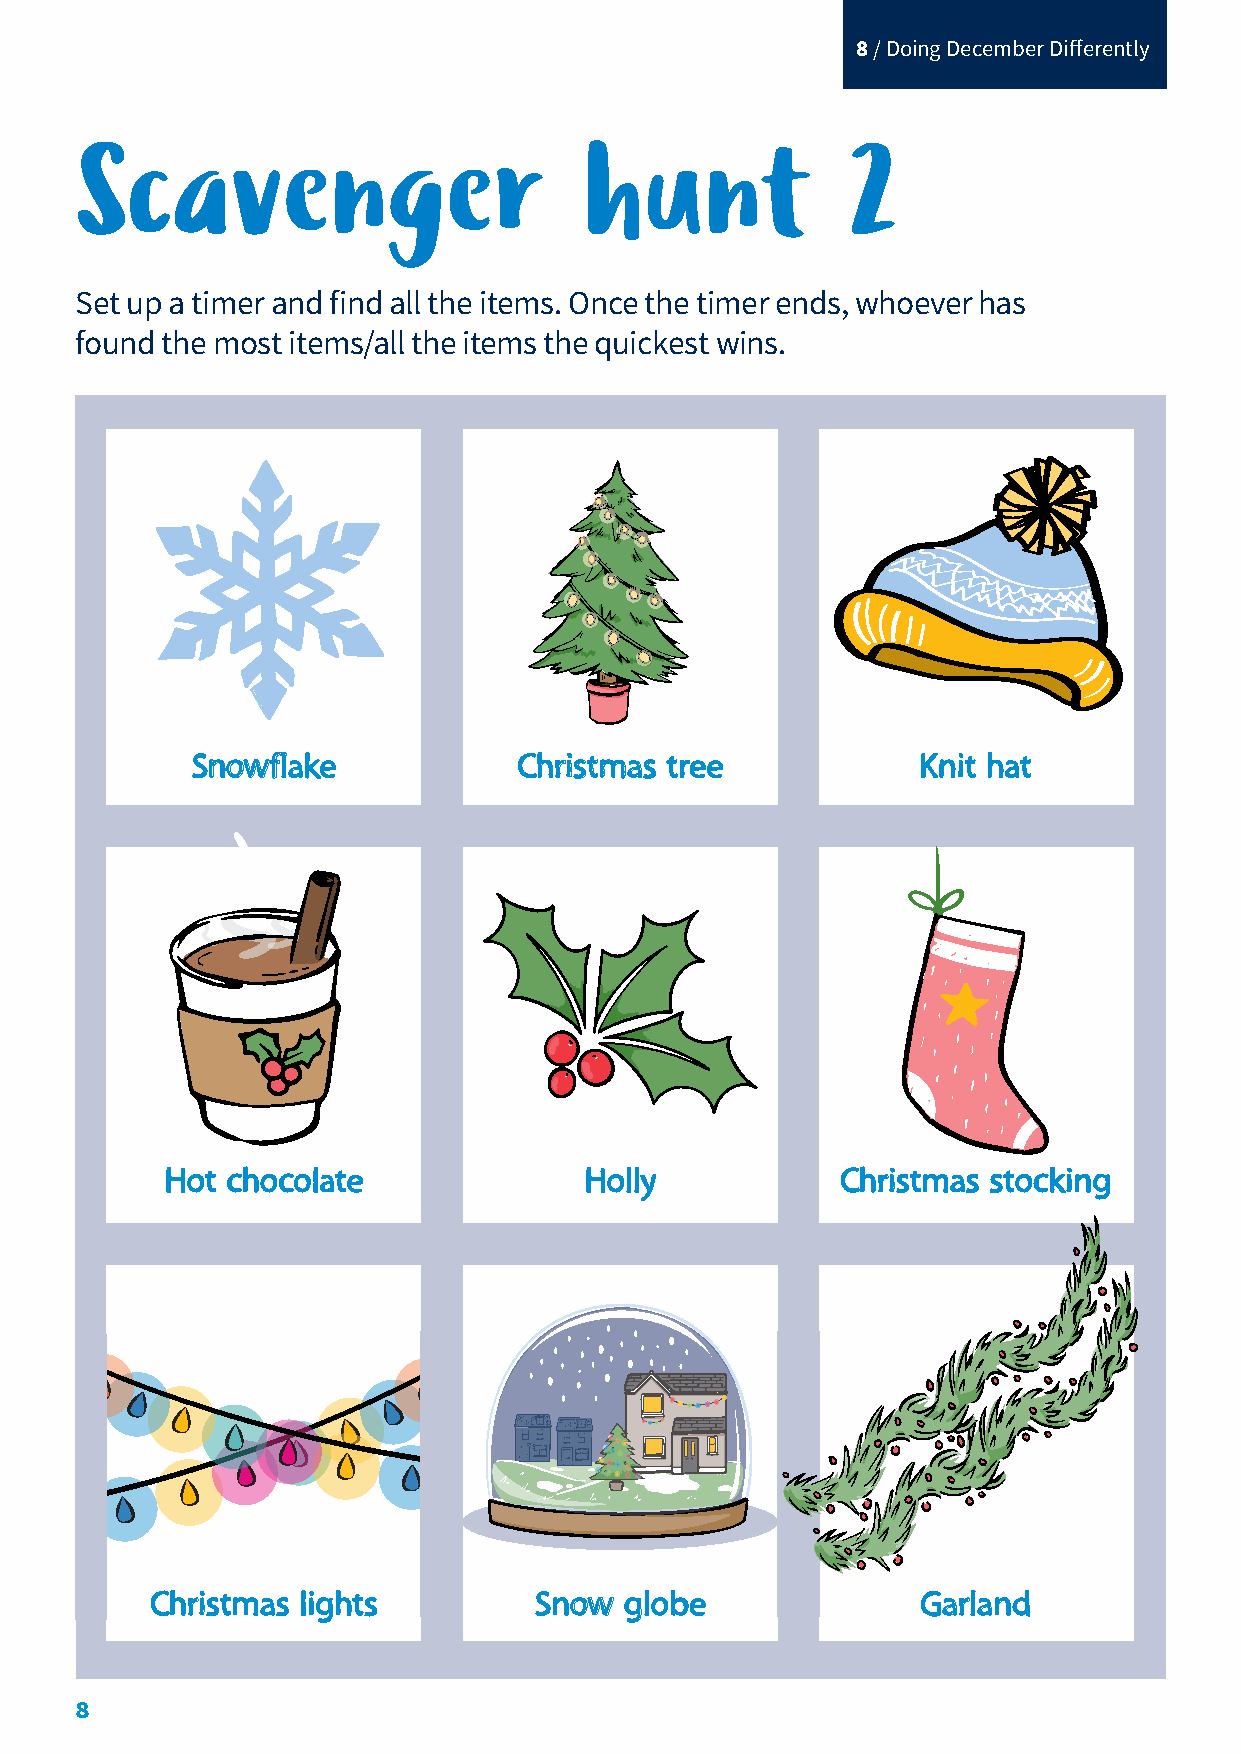
8 / Doing December Differently
 Scavenger                         hunt             2
 Set up a timer and find all the items. Once the timer ends, whoever has
 found the most items/all the items the quickest wins.
 SSnnoowwffllaakkee   CChhrriissttmmaass ttrreeee KKnniitt hhaatt
 HHoott cchhooccoollaattee   HHoollllyy       CChhrriissttmmaass ssttoocckkiinngg
 CChhrriissttmmaass lliigghhttss SSnnooww gglloobbee GGaarrllaanndd
 8